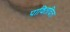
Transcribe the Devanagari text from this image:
पावितचित्त